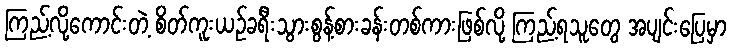
ကြည့်လို့ကောင်းတဲ့ စိတ်ကူးယဉ်ခရီးသွားစွန့်စားခန်းတစ်ကားဖြစ်လို့ ကြည့်ရသူတွေ အပျင်းပြေမှာ